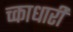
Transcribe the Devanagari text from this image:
च्काधारी